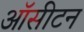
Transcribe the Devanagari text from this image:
ऑसीटन